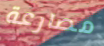
مصارعة